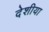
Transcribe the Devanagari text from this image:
देशीया